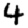
Digit: 4